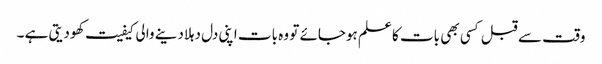
وقت سے قبل کسی بھی بات کا علم ہوجائے تو وہ بات اپنی دل دہلادینے والی کیفیت کھودیتی ہے ۔